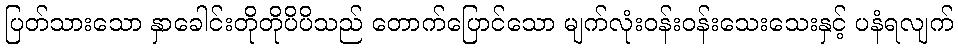
ပြတ်သားသော နှာခေါင်းတိုတိုပိပိသည် တောက်ပြောင်သော မျက်လုံးဝန်းဝန်းသေးသေးနှင့် ပနံရလျက်